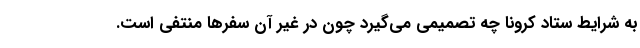
به شرایط ستاد کرونا چه تصمیمی می‌گیرد چون در غیر آن سفرها منتفی است.